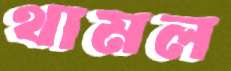
থামল